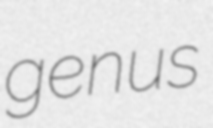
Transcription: genus